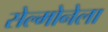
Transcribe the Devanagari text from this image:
सेल्मोनेला